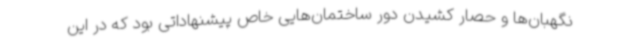
نگهبان‌ها و حصار کشیدن دور ساختمان‌هایی خاص پیشنهاداتی بود که در این